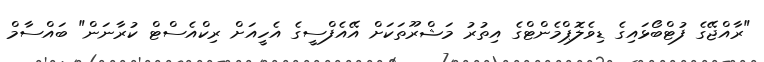
"ރާއްޖޭގެ ފުޓްބޯޅައިގެ ޑިވެލޮޕްމެންޓްގެ އިތުރު މަޝްރޫތަކަށް އޭއެފްސީގެ އެހީއަށް ރިކްއެސްޓް ކުރާނަން" ބައްސާމް